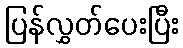
ပြန်လွှတ်ပေးပြီး